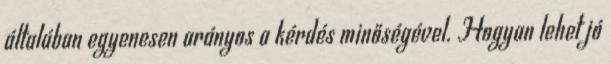
általában egyenesen arányos a kérdés minőségével. Hogyan lehet jó